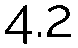
4.2